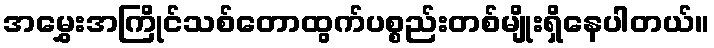
အမွှေးအကြိုင်သစ်တောထွက်ပစ္စည်းတစ်မျိုးရှိနေပါတယ်။